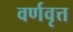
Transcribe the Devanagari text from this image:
वर्णवृत्त